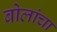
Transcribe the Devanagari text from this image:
बोलांचा